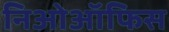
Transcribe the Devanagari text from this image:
निओऑफिस